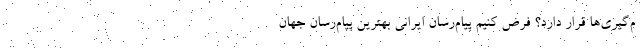
م‌گیری‌ها قرار دارد؟ فرض کنیم پیام‌رسان ایرانی بهترین پیام‌رسان جهان